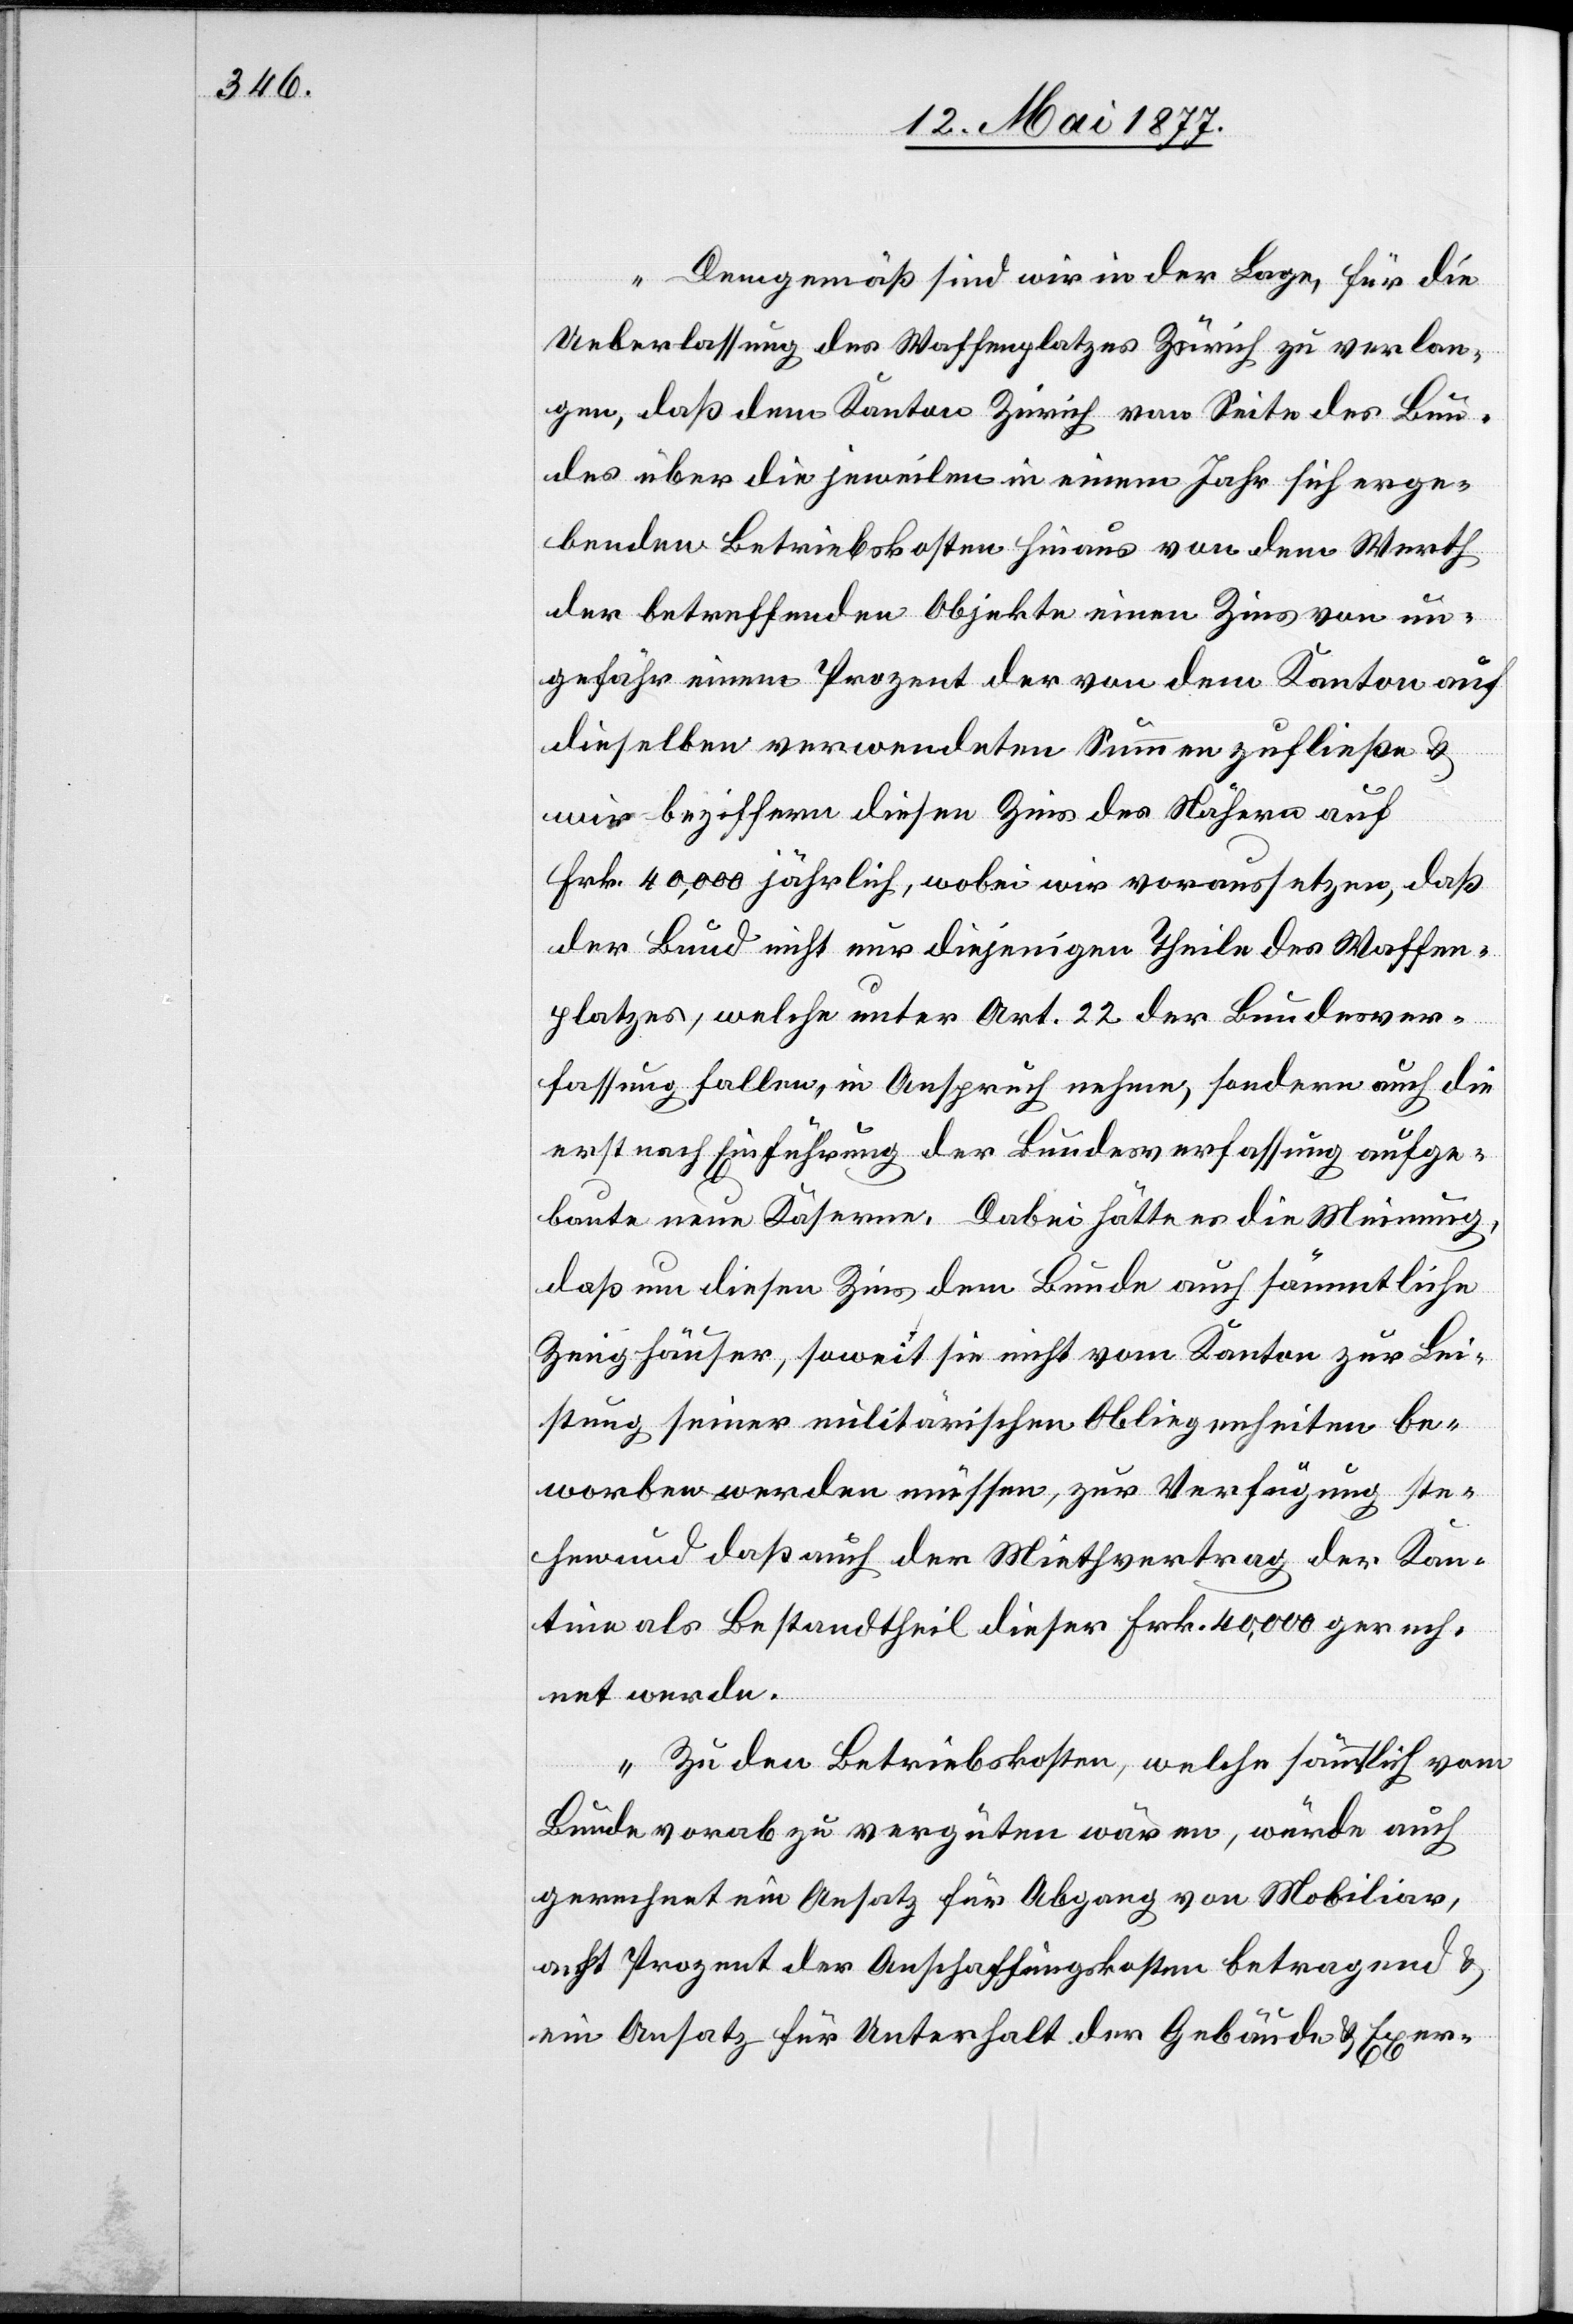
„Demgemäß sind wir in der Lage, für die
Ueberlassung des Waffenplatzes Zürich zu verlan¬
gen, daß dem Kanton Zürich von Seite des Bun¬
des über die jeweilen in einem Jahr sich erge¬
benden Betriebskosten hinaus von dem Werth
der betreffenden Objekte einen Zins von un¬
gefähr einem Prozent der von dem Kanton auf
dieselben verwendeten Summe zufließen &
wir beziffern diesen Zins des Nähern auf
Frk. 40,000 jährlich, wobei wir voraussetzen, daß
der Bund nicht nur diejenigen Theile des Waffen¬
platzes, welche unter Art. 22 der Bundesver¬
fassung fallen, in Anspruch nehmen, sondern auch die
erst nach Einführung der Bundesverfassung aufge¬
baute neue Kaserne. Dabei hätte es die Meinung,
daß um diesen Zins dem Bunde auch sämmtliche
Zeughäuser, soweit sie nicht vom Kanton zur Lei¬
stung seiner militärischen Obliegenheiten be¬
worben werden müssen, zur Verfügung ste¬
hen und daß auch der Miethvertrag der Kan¬
tine als Bestandtheil dieser Frk. 40,000 gerech¬
net werden.
Zu den Betriebskosten, welche sämmtlich vom
Bunde vorab zu vergüten wären, würde auch
gerechnet ein Ansatz für Abgang von Mobiliar,
acht Prozent der Anschaffungskosten betragend &
ein Ansatz für Unterhalt der Gebäude & Exer-